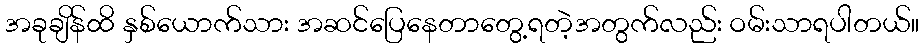
အခုချိန်ထိ နှစ်ယောက်သား အဆင်ပြေနေတာတွေ့ရတဲ့အတွက်လည်း ဝမ်းသာရပါတယ်။